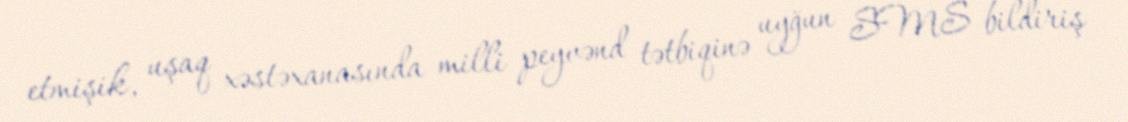
etmişik, uşaq xəstəxanasında milli peyvənd tətbiqinə uyğun SMS bildiriş